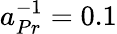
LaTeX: a_{Pr}^{-1}=0.1